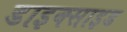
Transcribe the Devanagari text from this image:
डाइक्साइड